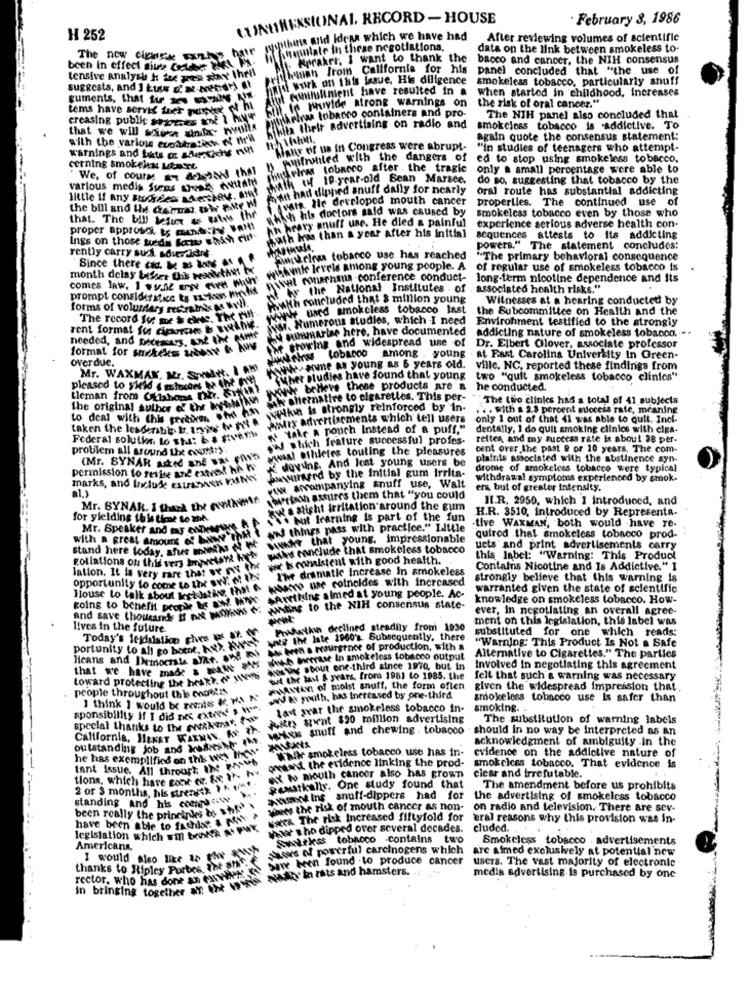
IONAL. RECORD - HOUSE
February 8, 1986
LUNTHEN
H 252
withins arid Ideas which we have had
After reviewing volumes of scientific
hummilale in these negotiations.
data on the link between smokeless to-
The now cipasse sxthe hair
Kraker, I want to thank the
bacco and cancer, the NIH consensus
been in effect siurse Ctees FEL PA
theman from California for his
panel concluded that "the use of
tensive analysh h ize pas six thell
handi work on this farve, His diligence
smokeless tobacco, particularly snuff
suggests, and ] kuss o. M.Netdr) et
til Alunnient have resulted in a
when started in childhood, increases
guments, that ii . - NR
1. te ruvide atrong warnings on
tems have servis trer nedet .
the risk of oral cancer."
creasing public trices 2of 1 hyr
mieleas tobacco containers and pro-
The NIH panel also concluded that
that we will sauce and nella
Wis their advertising on radio and
smokeless tobacco is addictive. To
with the varlow ecostate of the
Hahm.
again quote the consensus statement:
warnings and bats o shortichs nul
Hanr of na in Congress were abrupt-
"In studies of teenagers who attempt-
Amifrohled with the dangers of
ed to stop using smokeless tobacco.
cerning smokeless tstart
mintheiras tobacco after . the tragic
only a small percentage were able to
We, of course an datant that
h 1N10.year-old Bean Marsce.
do so. suggesting that tobacco by the
various medis sures areas evitam
had dipped snuff daily for nearly
Oral route has substantial addicting
little if any succes cherched.
vars. Ile developed mouth cancer
properties. The continued use of
the bill and We dermas tir Make M
which his doctors said was caused by
that. The bil besace as estes the
Ah beary anuff use. He died a painful
smokelcas tobacco even by those who
proper approssi ts medshe VA !!
experience serious adverse health con-
Ings on those tudy few shah rut-
ath has than a year after his initial
sequences attests to its addicting
rently carry sud advercidre.
powers." The statement concludes:
wirlos tobacco use has reached
"The primary behavioral consequence
Since there ad. ke si log "
Amle lereis among young people. A
of regular use of smokeless tobacco is
month delay besser this Peanuthet tx
at minarhma -conference conduct-
long-term nicotine dependence and its
comes law. I suoi are
hr the National Institutes . of
associated health risks."
prompt consloss ifica to Es dos Minvlis
Th concluded that & million young
Witnesses at a hearing conducted by
forms of voluntary restraints as Well,
We used smokeless tobacco last
the Subcommittee on Health and the
The record Ius me & ces. Yh Fi
war. Numerous studies, which I need
Environment testified to the strongly
rent format fus circles & #Winie.
pummarise here. have documented
addicting nature of smokeless tobacco. ..
needed, and socomes, and the game
growing and widespread une of
format for surekeks Leby & his
Dr. Elbert Glover, associate professor
overdue.
three tobacco among young at Fast Carolina University in Green-
Mr. WAXMAN, Mr. Spelet. IAM
-some as young as 6 years old.
ville, NC, reported these findings from
uher studies have found that young
two "quit smokeless tobacco clinics"
pleased to yield ( m focorse Que
INe believe these products are a
he conducted.
theman from Chiama Dir. yeni
hernative to cigarettes. This per-
The two clinics had a total of 41 subjects
the original author of the hotel
within is strongly reinforced by in
. with a 2.8 percent siocess rate, meaning
to deal with this greedem. . his ha
Witry advertisements which tell users
only 1 out of Chat 41 was able to quit. Incl-
taken the lesderibb tr. Inie to nie
Hakr a nonch Instead of a puff."
dentally, 1 do quit smoking clinics with elga-
Federal solution. Lo shs: & # fvntb
W which feature successful profes-
reiten, and my success rate is about 38 per-
problem all around the country
waal Athletes touting the pleasures
cent over the past @ or 10 years. The com.
(Mr. SYNAR aded and "As "
dovuing. And Jest young users be
plainits associated with the abstinence syn-
permission to resist ant extvest he WS
wwwraped by the initial gum irrita-
drone of smokeless tobacco were typical
marks, and linux extreme KING
withdrawal symptoms experienced by smok.
al.)
AN accompanying snuff use, Walt
ers but of greater intensity.
ourtown astures them that "you could
II.R. 2950, which I introduced, and
Mr. BYNAK. I thank the eventimir.
kw a slight irritation around the gum
H.R. 3510, introduced by Representa-
for yielding this time to the.
but fearning is part of the fun
tive WAXMAN, both would have re-
Mr. Speaker and as enDeMys
Thwww ihh ! AN things pass with practice." Little
with a great amours of beef
Wwwhr that young. impressionable
quired .thal smokeless tobacco prod-
stand here today, after miWA
gollations of this ter, howstark how withs conclude that smokeless tobacco
ucts and print advertisements carry
wat is consistent with good health.
this label: "Warning: This Product
lation. It is very rare that we ON A
Ihr dramatic Increase in smokeless
Contains Nicotine and Is Addictive." 1
House to talk about lett iske that " wounds use coincides with increased
strongly believe that this warning is
opportunity to come to Ihr BW.
warranted given the state of scientific
going to behelft prope I OW MIT SAN
and save thouet I nuet PSAvs o' watine to the NIH consensus state-
Aretiune almed at young people. Ac-
knowledge on smokeless tobacco. How-
ever, in negotiating an overall agree-
ment on this legislation, this label was
lives in the future.
PuhatAwns declined steadily from 1930
substituted for one which reads:
portunity to all go bomt. Key, Kdees weg the late 19602. Subsequently, there
Today's Itydlaiation ches s 27.
"Warning: This Product Is Not a Safe
licans and Demochte fiat. on pul Mo bese retirertice of production, with &
both birerase In smokeless tobacco output
Alternative to Cigarettes." The parties
that we have made & BAR IN
ANMuy about one-third since 1970, but in
Involved In negotiating this agreement
toward protecting the bestto
tud the last & years, from 1981 to 1985. the
felt that such'a warning was necessary
people throughout this Codeis
WWMAYAN of moist snuff, the form often
given the widespread impression that
I think I would be rents W. WA N'
W tt mouth, has Increased by one-third
smokeless tobacco use Is safer than
lavt svar the smokeless tobacco in-
smoking ..
sponsibility If I did Des externes
hin svat $20 momlion advertising
The substitution of warning labels
special thanks to the sentimento
MHfeks snuff and chewing . tobacco
should in no way be Interpreted as an
California, JENET WAXMAN. AV
acknowledgment of ambiguity in the
outstanding job and kateshle the
While smokeless tobacco use has in-
he has exemplifies on this wex mos
oraat the evidence linking the prod-
evidence on the addictive nature of
tant Issue. All throur ?: 12 h
& # mouth cancer also has grown
smokeless tobacco. That evidence is
tions, which have noone of the the how
cicar and irrefutable.
8 of 8 months, his stretch IN IMt
gewatkalis. One study found that
The amendment before us prohibits
standing and his cons &w
www inf snuff-dippers had for
the advertising of smokeless tobacco
been really the principles &o shi
wies the risk of mouth cancer as non-
on radio and television. There are sev-
wir& The risk increased fiftyfold for
eral reasons why this provision was in-
legislation which will tek & PMX
have been able to fachis
per tho dipped over several decades.
cluded.
Swirless tobRoco contains
two
Smokeless tobacco . advertisements
Americana,
Show's of powerful carcinogens which
are afmed exclusively at potential new
I would also like to
Saw ben found .to produce cancer
thanks to Ripley Porbes,
NAday In rats and hamsters.
Users. The vast majority of electronic
rector. who has done an
media advertising is purchased by one
in bringing together